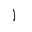
Letter: _alif